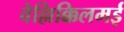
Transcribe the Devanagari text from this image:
वेल्लिक्किलमई